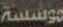
موسسة